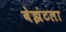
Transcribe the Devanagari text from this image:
बेझंटला